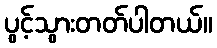
ပွင့်သွားတတ်ပါတယ်။